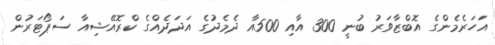
އަހަރެމެންގެ އޮބްޒާވަރު ބުނީ 300 އާއި 500އާ ދެމެދުގެ އަދަދެއްގެ ކްރޮއޭޝިއާ ސަޕޯޓަރުން